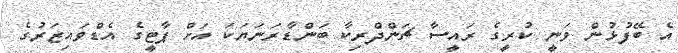
އެ ބޭފުޅުން ވަނީ ކުރީގެ ރައީސާ ޗަންދްރިކާ ބަންޑާރަނަޔަކަ އަށް ޕާޓީގެ އެޑްވައިޒަރުގެ